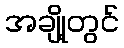
အချို့တွင်